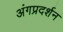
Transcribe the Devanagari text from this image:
अंगप्रदर्शन